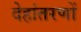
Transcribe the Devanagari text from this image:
देहांतरणों